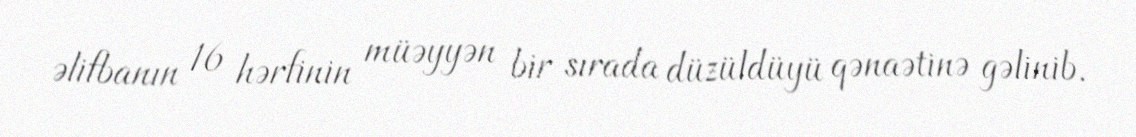
əlifbanın 16 hərfinin müəyyən bir sırada düzüldüyü qənaətinə gəlinib.